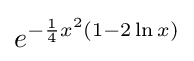
e^{-{\frac {1}{4}}x^{2}(1-2\ln x)}